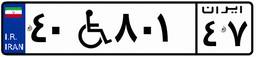
۴۰W۸۰۱۴۷